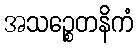
အသဉ္စေတနိကံ